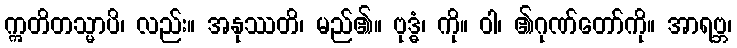
ဣတိတသ္မာပိ၊ လည်း။ အနုဿတိ၊ မည်၏။ ဗုဒ္ဓံ၊ ကို။ ဝါ၊ ၏ဂုဏ်တော်ကို။ အာရဗ္ဘ၊